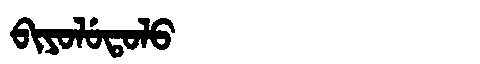
Manchu: ᠪᡳᠶᠣᠯᡠᡨᠣᠯᠣ
Romanization: BIYOLUTOLO